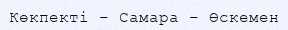
Көкпекті – Самара – Өскемен